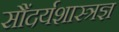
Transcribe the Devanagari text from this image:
सौंदर्यशास्त्रज्ञ